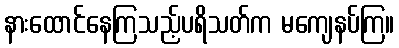
နားထောင်နေကြသည့်ပရိသတ်က မကျေနပ်ကြ။